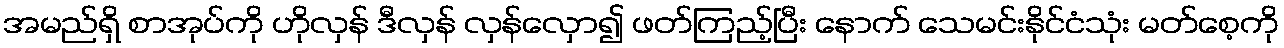
အမည်ရှိ စာအုပ်ကို ဟိုလှန် ဒီလှန် လှန်လှော၍ ဖတ်ကြည့်ပြီး နောက် သေမင်းနိုင်ငံသုံး မတ်စေ့ကို